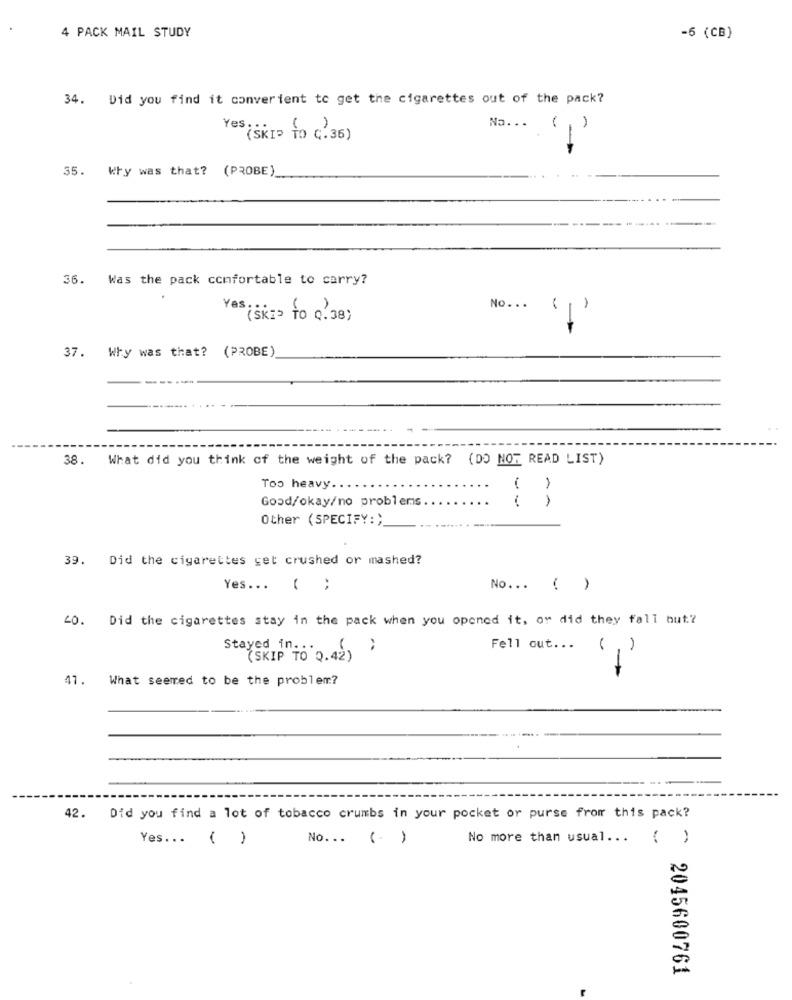
4 PACK MAIL STUDY
-5 (CB)
34. Did you find it converient to get the cigarettes out of the pack?
Yes : :
Na. . .
(SKIP TO C. 36)
-
35.
Why was that? (PROBE)
Was the pack confortable to carry?
No ...
-
(SKI> TO Q.38)
37. Why was that? (PROBE)
38.
What did you think of the weight of the pack? (DO NOT READ LIST)
-
Too heavy.
Good/okay/no problems
( )
Other (SPECIFY:)
39. Did the cigarettes get crushed or mashed?
Yes ... ( ;
No ... ( )
40. Did the cigarettes stay in the pack when you opened it, or did they fall but?
Stayed in .:
(SKIP TO Q.42) }
Fell out ...
()
47. What seemed to be the problem?
42.
Did you find a lot of tobacco crumbs in your pocket or purse from this pack?
Yes ... ( )
No ... (.)
No more than usual ... ( )
^ 2045600761